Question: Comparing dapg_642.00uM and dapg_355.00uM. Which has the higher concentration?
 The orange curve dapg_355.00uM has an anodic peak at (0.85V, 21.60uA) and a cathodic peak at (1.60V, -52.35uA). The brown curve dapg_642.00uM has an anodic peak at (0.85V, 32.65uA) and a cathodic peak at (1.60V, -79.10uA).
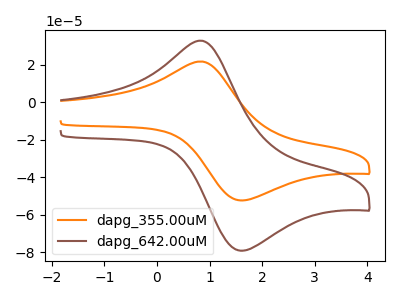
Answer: <think>All the peaks in "dapg_642.00uM" have a peak in "dapg_355.00uM" at the same potential. Every peak in "dapg_642.00uM" is higher than every peak in "dapg_355.00uM".
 </think>
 <answer>"dapg_642.00uM" has more signal than "dapg_355.00uM" and so likely has a higher concentration.</answer>
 <eval>more_concentration</eval>